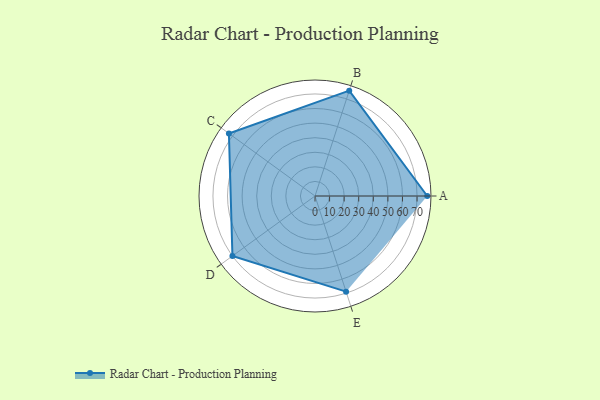
{"axis": {"x": "Skill", "y": "Score"}, "legend": ["Profile"], "data": [{"x": "A", "y": 77.0, "type": "Profile"}, {"x": "B", "y": 76.0, "type": "Profile"}, {"x": "C", "y": 73.0, "type": "Profile"}, {"x": "D", "y": 70.0, "type": "Profile"}, {"x": "E", "y": 69.0, "type": "Profile"}]}